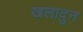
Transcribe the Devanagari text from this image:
खलादुन